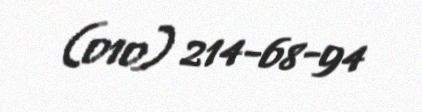
(010) 214-68-94